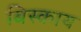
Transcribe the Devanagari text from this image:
बिस्काय